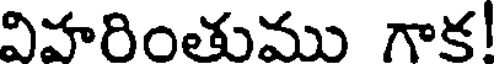
విహరింతుము గాక!